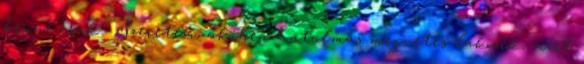
benne csak. Szeretem, akiben hatalmas megvetés lakozik, mert